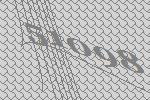
51098